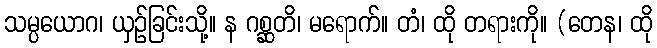
သမ္ပယောဂ၊ ယှဉ်ခြင်းသို့။ န ဂစ္ဆတိ၊ မရောက်။ တံ၊ ထို တရားကို။ (တေန၊ ထို